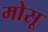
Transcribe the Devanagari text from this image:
मोसू